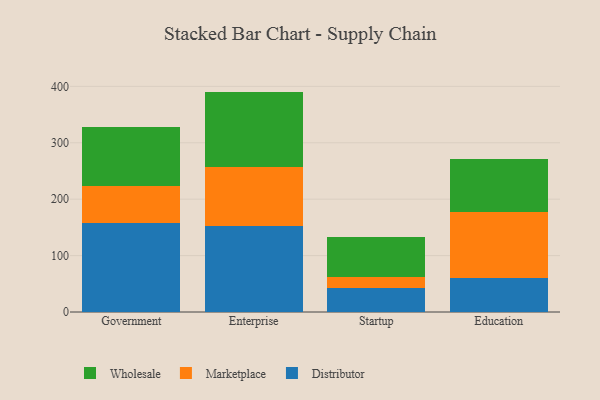
{"axis": {"x": "Segment", "y": "Production Output"}, "legend": ["Distributor", "Marketplace", "Wholesale"], "data": [{"x": "Government", "y": 158.0, "type": "Distributor"}, {"x": "Government", "y": 65.5, "type": "Marketplace"}, {"x": "Government", "y": 105.2, "type": "Wholesale"}, {"x": "Enterprise", "y": 152.0, "type": "Distributor"}, {"x": "Enterprise", "y": 105.0, "type": "Marketplace"}, {"x": "Enterprise", "y": 133.7, "type": "Wholesale"}, {"x": "Startup", "y": 43.0, "type": "Distributor"}, {"x": "Startup", "y": 18.6, "type": "Marketplace"}, {"x": "Startup", "y": 70.5, "type": "Wholesale"}, {"x": "Education", "y": 59.8, "type": "Distributor"}, {"x": "Education", "y": 117.1, "type": "Marketplace"}, {"x": "Education", "y": 94.5, "type": "Wholesale"}]}